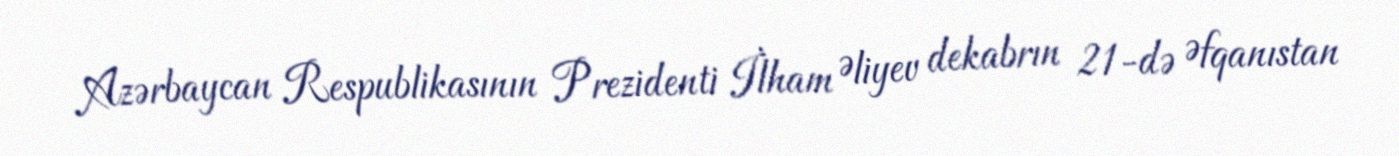
Azərbaycan Respublikasının Prezidenti İlham Əliyev dekabrın 21-də Əfqanıstan